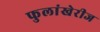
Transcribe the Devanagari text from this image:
फुलांखेरीज